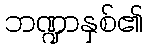
ဘဏ္ဍာနှစ်၏